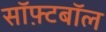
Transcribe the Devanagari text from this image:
सॉफ़्टबॉल